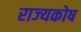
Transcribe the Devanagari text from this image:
राज्‍यकोष